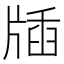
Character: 牐